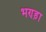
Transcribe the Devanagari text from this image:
भण्ड़ा